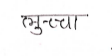
मजकूर: लुच्चा